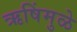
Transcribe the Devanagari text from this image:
ऋषिंमुळे